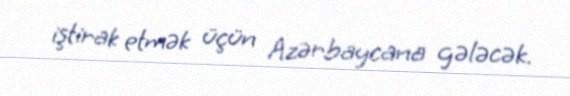
iştirak etmək üçün Azərbaycana gələcək.